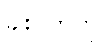
ခါးပတ်ကို